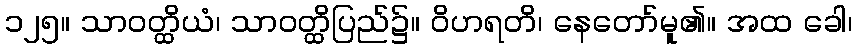
၁၂၅။ သာဝတ္ထိယံ၊ သာဝတ္ထိပြည်၌။ ဝိဟရတိ၊ နေတော်မူ၏။ အထ ခေါ၊